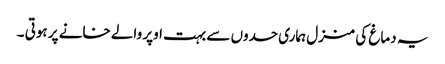
یہ دماغ کی منزل ہماری حدوں سے بہت اوپر والے خانے پر ہوتی ۔